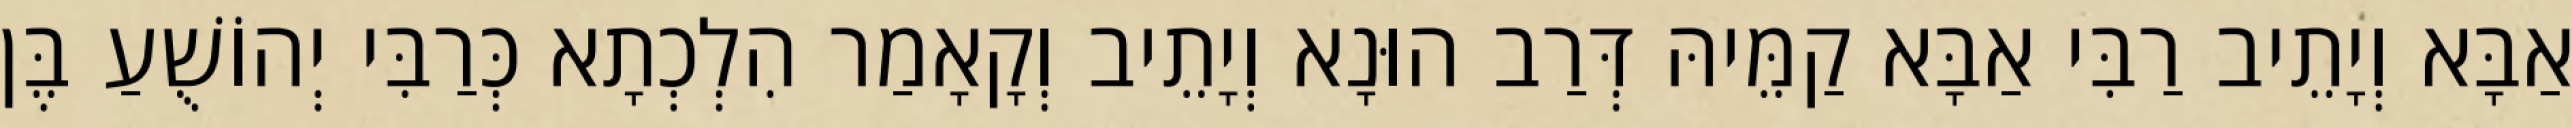
אַבָּא וְיָתֵיב רַבִּי אַבָּא קַמֵּיהּ דְּרַב הוּנָא וְיָתֵיב וְקָאָמַר הִלְכְתָא כְּרַבִּי יְהוֹשֻׁעַ בֶּן